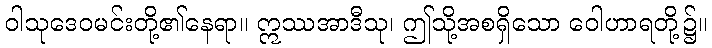
ဝါသုဒေဝမင်းတို့၏နေရာ။ ဣဿအာဒီသု၊ ဤသို့အစရှိသော ဝေါဟာရတို့၌။